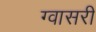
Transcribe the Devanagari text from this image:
ग्वासरी